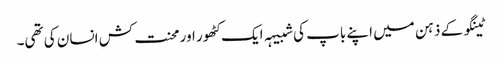
ٹینگو کے ذہن میں اپنے باپ کی شبیہہ ایک کٹھور اور محنت کش انسان کی تھی۔